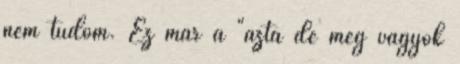
nem tudom. Ez már a "azta de meg vagyok